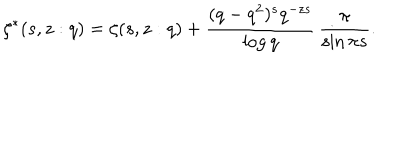
\zeta ^ { * } ( s , z : q ) = \zeta ( s , z : q ) + \frac { ( q - q ^ { 2 } ) ^ { s } q ^ { - z s } } { \log q } \, \frac { \pi } { \sin \pi s } .